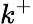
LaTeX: k^{+}